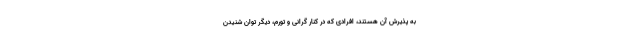
به پذیرش آن هستند، افرادی که در کنار گرانی و تورم، دیگر توان شنیدن